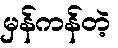
မှန်ကန်တဲ့